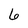
Character: 6